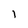
Character: 1